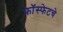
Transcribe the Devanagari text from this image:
फॉस्फेटचे